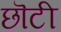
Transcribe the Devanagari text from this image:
छॊटी